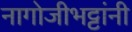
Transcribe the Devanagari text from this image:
नागोजीभट्टांनी